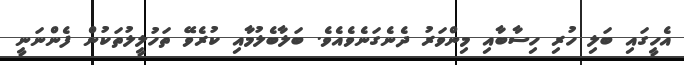
އެހީގައި ބަލި ހުރި ހިސާބާއި މިންވަރު ދެނެގަނެވެއެވެ. ބަލާބެލުމާއި ކުރެވޭ ތަހުލީލުތަކުން ފެންނަނީ